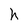
Character: h